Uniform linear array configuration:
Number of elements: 48
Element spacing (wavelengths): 0.75
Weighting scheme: kaiser
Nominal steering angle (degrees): -15
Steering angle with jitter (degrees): -13.907
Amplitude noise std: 0.05
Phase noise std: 0.05

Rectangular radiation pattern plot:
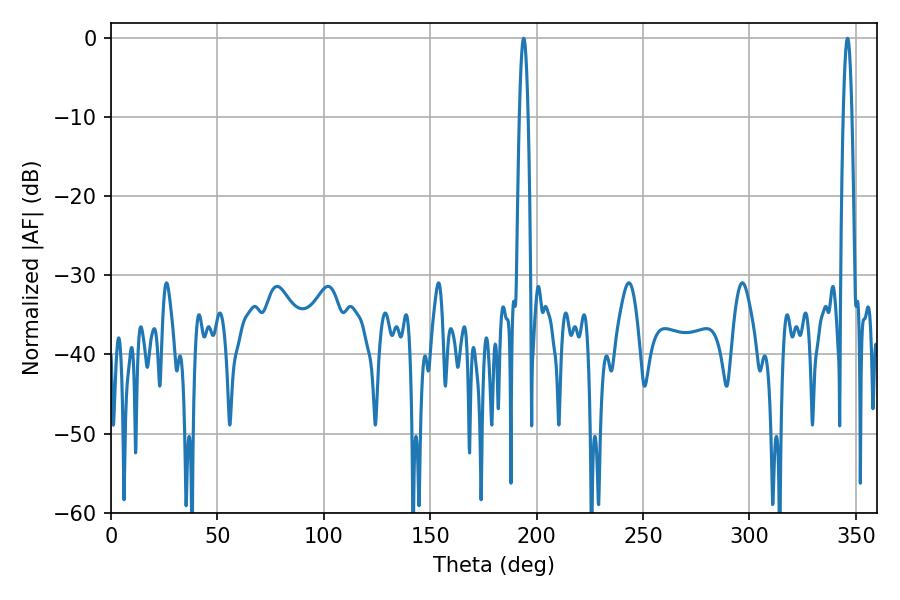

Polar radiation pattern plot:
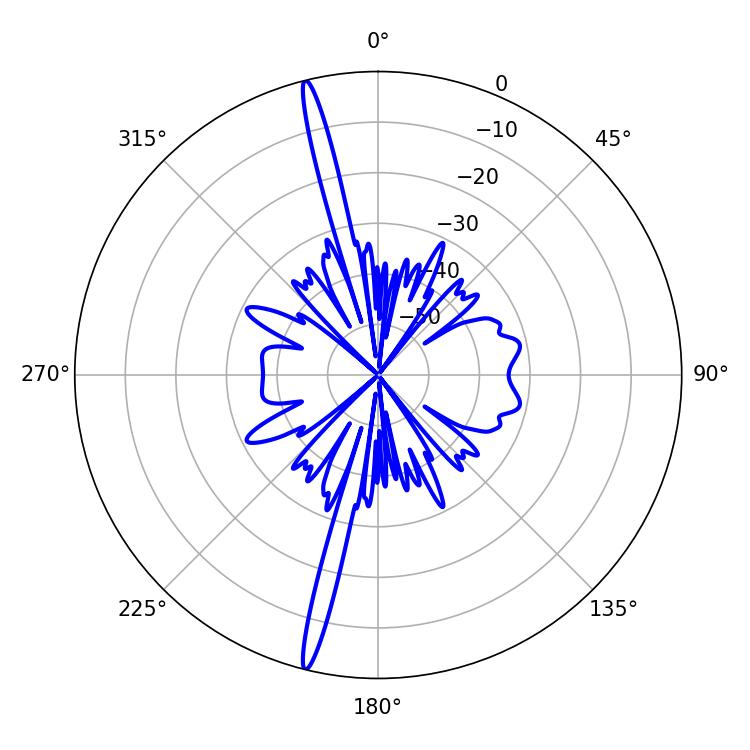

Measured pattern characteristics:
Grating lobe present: TRUE
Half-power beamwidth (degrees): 2.16
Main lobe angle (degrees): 346.14